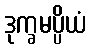
ဒုက္ခမပ္ပိယံ